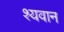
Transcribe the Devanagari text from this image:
श्यवान